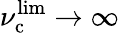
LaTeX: \nu_{\mathrm{c}}^{\mathrm{lim}}\rightarrow\infty